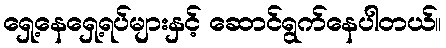
ရှေ့နေရှေ့ရပ်များနှင့် ဆောင်ရွက်နေပါတယ်။